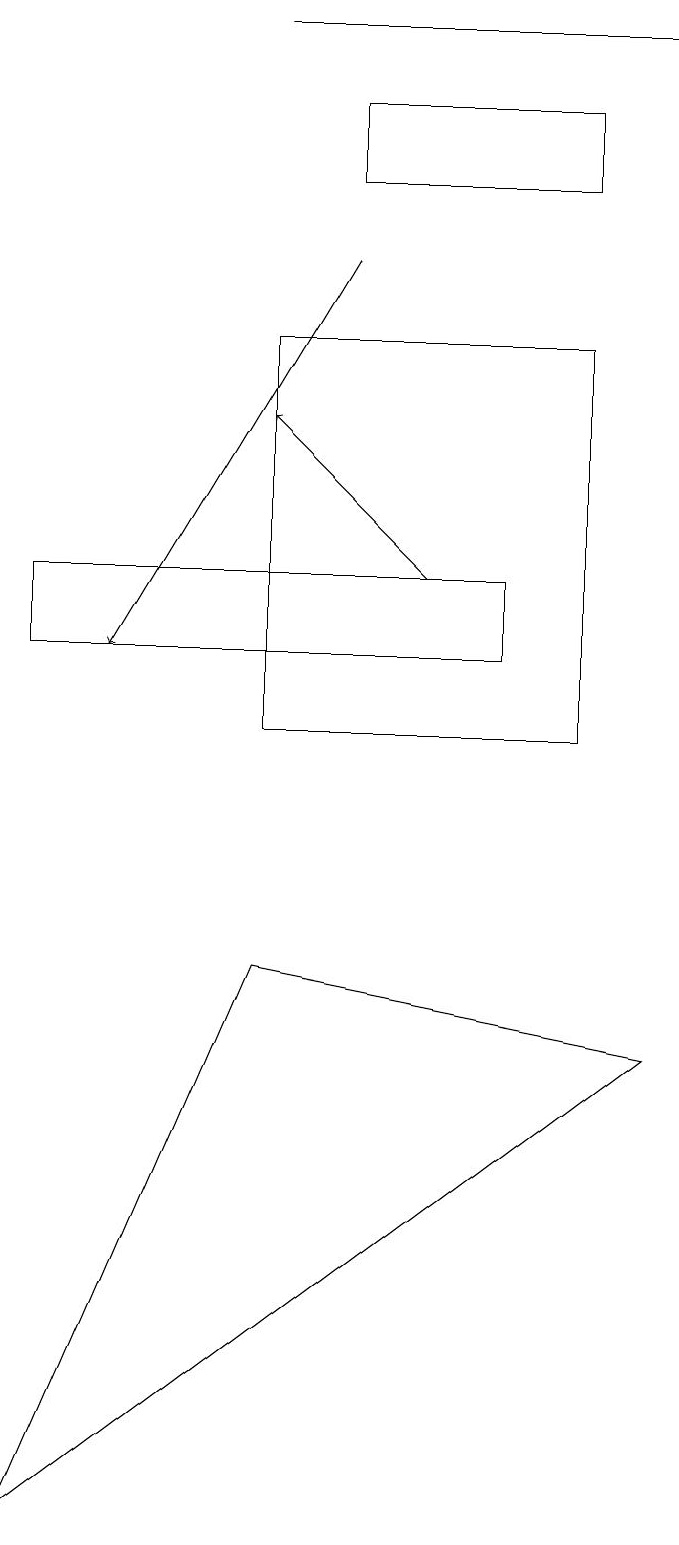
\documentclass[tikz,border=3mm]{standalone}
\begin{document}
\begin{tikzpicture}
\draw (8,17) rectangle (5,18);
\draw (7,11) rectangle (1,12);
\draw[->] (5,16) -- (2,11);
\draw (8,10) rectangle (4,15);
\draw (9,6) -- (4,7) -- (1,0) -- cycle;
\draw (9,19) rectangle (4,19);
\draw[->] (6,12) -- (4,14);
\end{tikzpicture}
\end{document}